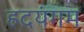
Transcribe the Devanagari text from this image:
ह्रदयंगम